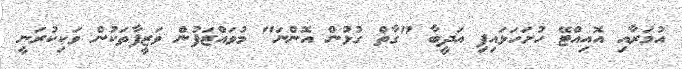
އުމަރާއި އޮއިއްޓޭ ހުށަހަޅައިފި އަދީބާ "ގާތް ގުޅުން އޮންނަ" މުވައްޒަފުން ވަޒީފާތަކުން ވަކިކުރަނީ